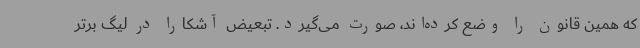
که همین قانون را وضع کرده‌اند، صورت می‌گیرد. تبعیض آشکارا در لیگ برتر